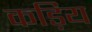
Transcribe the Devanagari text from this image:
कड़िय